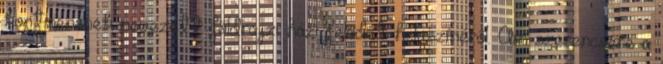
kontinensnek nevezett földrajzi házi feladat helyszínéről. Ám szerencsére a